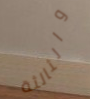
والثالثة